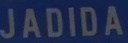
JADIDA